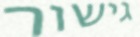
גישור